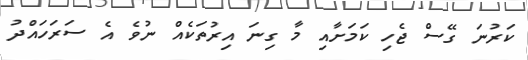
ކަރުނަ ގޭސް ޖެހި ކަމަށާއި މާ ގިނަ އިރުތަކެއް ނުވެ އެ ސަރަހައްދު